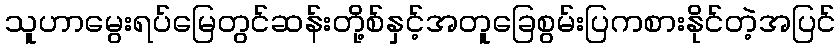
သူဟာမွေးရပ်မြေတွင်ဆန်းတို့စ်နှင့်အတူခြေစွမ်းပြကစားနိုင်တဲ့အပြင်